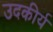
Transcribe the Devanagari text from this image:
उदकीर्य